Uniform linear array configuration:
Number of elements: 4
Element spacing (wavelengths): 1
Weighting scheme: binomial
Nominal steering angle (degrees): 30
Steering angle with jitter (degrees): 31.771
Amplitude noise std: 0.05
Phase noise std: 0.05

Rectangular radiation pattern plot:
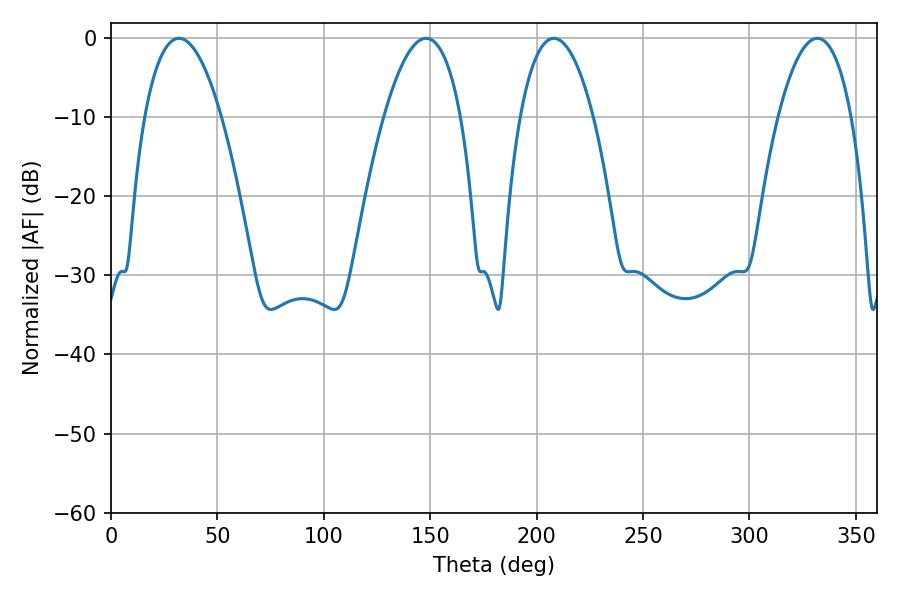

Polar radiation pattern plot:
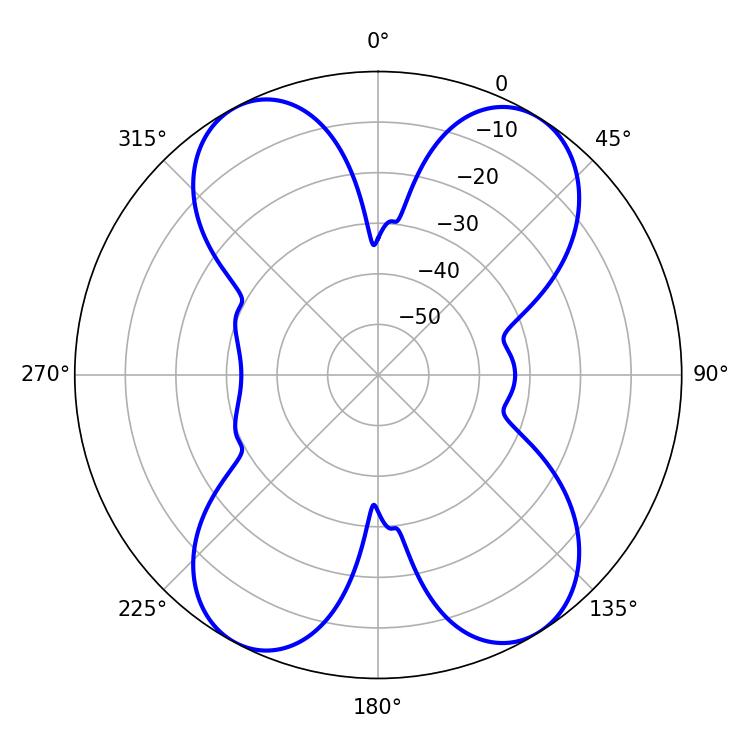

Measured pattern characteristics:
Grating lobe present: TRUE
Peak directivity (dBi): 15.12
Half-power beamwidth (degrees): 19.26
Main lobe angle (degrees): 208.08